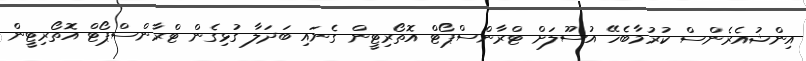
އިންޝުއެރެންސް ކުރުމާބެހޭ އުސޫލަށް ޓްރާންސްޕޯޓް އޮތޯރިޓީން ގެނައި ބަދަލާ ގުޅިގެން ޓްރާންސްޕޯޓް އޮތޯރިޓީން